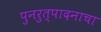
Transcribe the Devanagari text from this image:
पुनरुत्पादनाचा